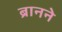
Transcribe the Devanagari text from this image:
ब्रानने